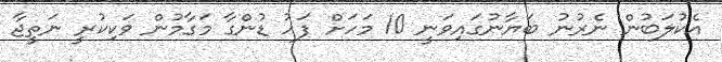
އެކުލަބުން ނެރުނު ބަޔާނުގައިވަނީ 10 މަހަށް ފަހު ޑުންގާ މަގާމުން ވަކިކުރީ ނަތީޖާ